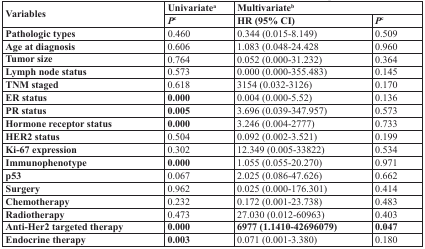
<table><thead><tr><td rowspan="2"><b>Variables</b></td><td><b>Univariate<sup>a</sup></b></td><td colspan="2"><b>Multivariate<sup>b</sup></b></td></tr><tr><td><b><i>P</i><sup>c</sup></b></td><td><b>HR (95% CI)</b></td><td><b><i>P</i><sup>c</sup></b></td></tr></thead><tbody><tr><td><b>Pathologic types</b></td><td>0.460</td><td>0.344 (0.015-8.149)</td><td>0.509</td></tr><tr><td><b>Age at diagnosis</b></td><td>0.606</td><td>1.083 (0.048-24.428</td><td>0.960</td></tr><tr><td><b>Tumor size</b></td><td>0.764</td><td>0.052 (0.000-31.232)</td><td>0.364</td></tr><tr><td><b>Lymph node status</b></td><td>0.573</td><td>0.000 (0.000-355.483)</td><td>0.145</td></tr><tr><td><b>TNM staged</b></td><td>0.618</td><td>3154 (0.032-3126)</td><td>0.170</td></tr><tr><td><b>ER status</b></td><td><b>0.000</b></td><td>0.004 (0.000-5.52)</td><td>0.136</td></tr><tr><td><b>PR status</b></td><td><b>0.005</b></td><td>3.696 (0.039-347.957)</td><td>0.573</td></tr><tr><td><b>Hormone receptor status</b></td><td><b>0.000</b></td><td>3.246 (0.004-2777)</td><td>0.733</td></tr><tr><td><b>HER2 status</b></td><td>0.504</td><td>0.092 (0.002-3.521)</td><td>0.199</td></tr><tr><td><b>Ki-67 expression</b></td><td>0.302</td><td>12.349 (0.005-33822)</td><td>0.534</td></tr><tr><td><b>Immunophenotype</b></td><td><b>0.000</b></td><td>1.055 (0.055-20.270)</td><td>0.971</td></tr><tr><td><b>p53</b></td><td>0.067</td><td>2.025 (0.086-47.626)</td><td>0.662</td></tr><tr><td><b>Surgery</b></td><td>0.962</td><td>0.025 (0.000-176.301)</td><td>0.414</td></tr><tr><td><b>Chemotherapy</b></td><td>0.232</td><td>0.172 (0.001-23.738)</td><td>0.483</td></tr><tr><td><b>Radiotherapy</b></td><td>0.473</td><td>27.030 (0.012-60963)</td><td>0.403</td></tr><tr><td><b>Anti-Her2 targeted therapy</b></td><td><b>0.000</b></td><td><b>6977 (1.1410-42696079)</b></td><td><b>0.047</b></td></tr><tr><td><b>Endocrine therapy</b></td><td><b>0.003</b></td><td>0.071 (0.001-3.380)</td><td>0.180</td></tr></tbody></table>